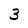
Character: 3